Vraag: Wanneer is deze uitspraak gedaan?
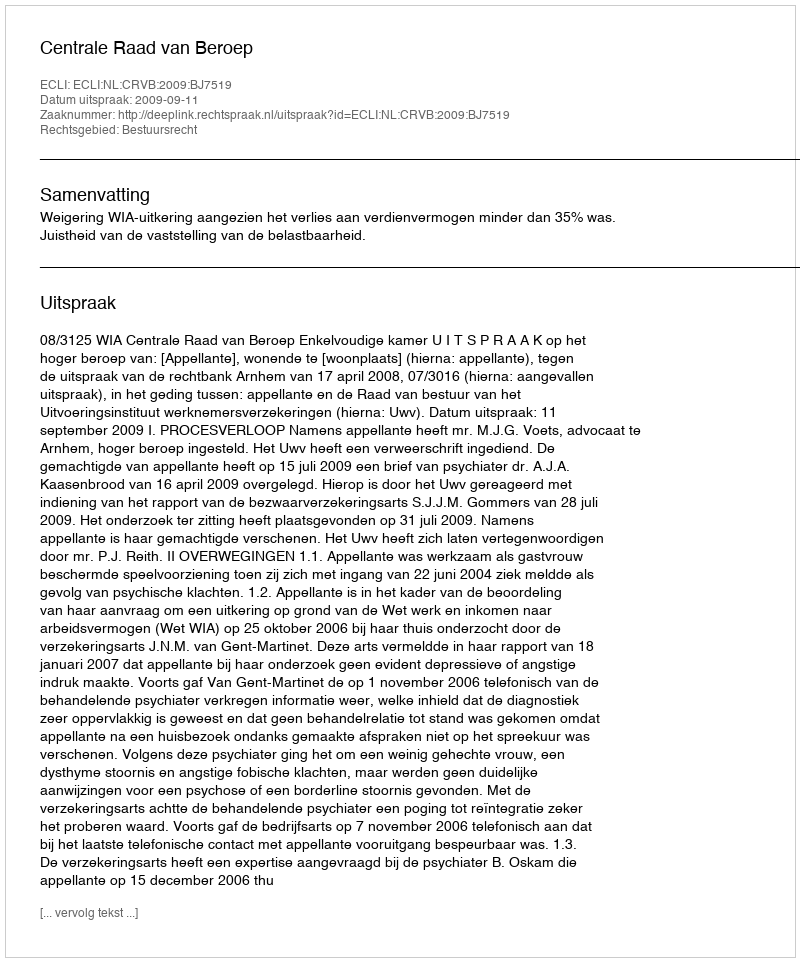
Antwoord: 2009-09-11